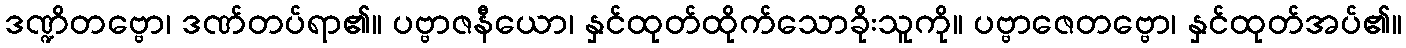
ဒဏ္ဍိတဗ္ဗော၊ ဒဏ်တပ်ရာ၏။ ပဗ္ဗာဇနီယော၊ နှင်ထုတ်ထိုက်သောခိုးသူကို။ ပဗ္ဗာဇေတဗ္ဗော၊ နှင်ထုတ်အပ်၏။